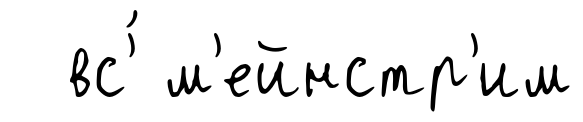
вс'́ м'ейнстр'им